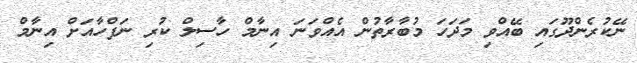
ނޭކުރެންދޫގައި ބޭއްވި މަދަހަ މުބާރާތުން އެއްވަނަ އިނާމް ހާސިލް ކުރި ނަފްހާއަށް އިނާމް